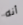
أنه